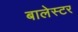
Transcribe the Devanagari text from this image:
बालेस्टर